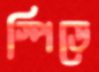
স্পিডে